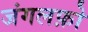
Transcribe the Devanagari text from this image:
जंगलफ़ो